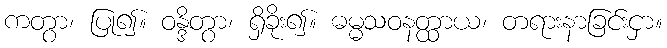
ကတွာ၊ ပြု၍။ ဝန္ဒိတွာ၊ ရှိခိုး၍။ ဓမ္မသဝနတ္ထာယ၊ တရားနာခြင်းငှာ။